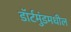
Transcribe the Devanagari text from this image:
डॉर्टमुंडमधील